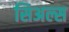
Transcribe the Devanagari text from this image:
सिअल्स